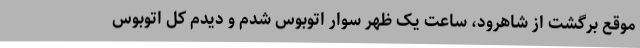
موقع برگشت از شاهرود، ساعت یک ظهر سوار اتوبوس شدم و دیدم کل اتوبوس